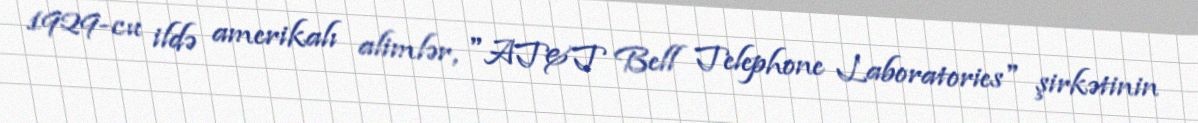
1929-cu ildə amerikalı alimlər, "AT&T Bell Telephone Laboratories" şirkətinin